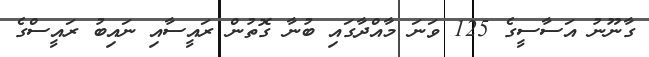
ގާނޫނު އަސާސީގެ 125 ވަނަ މާއްދާގައި ބުނާ ގޮތުން ރައީސާއި ނައިބު ރައީސްގެ